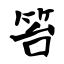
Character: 笞